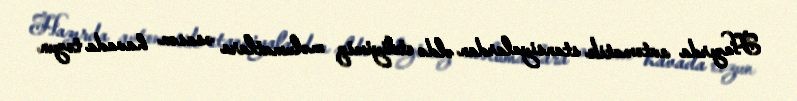
Hazırda avtomatik stansiyalardan əldə etdiyimiz məlumatlara əsasən havada tozun